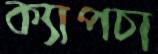
ক্যাপচা